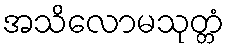
အသိလောမသုတ္တံ